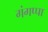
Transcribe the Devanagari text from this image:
गंगप्पा